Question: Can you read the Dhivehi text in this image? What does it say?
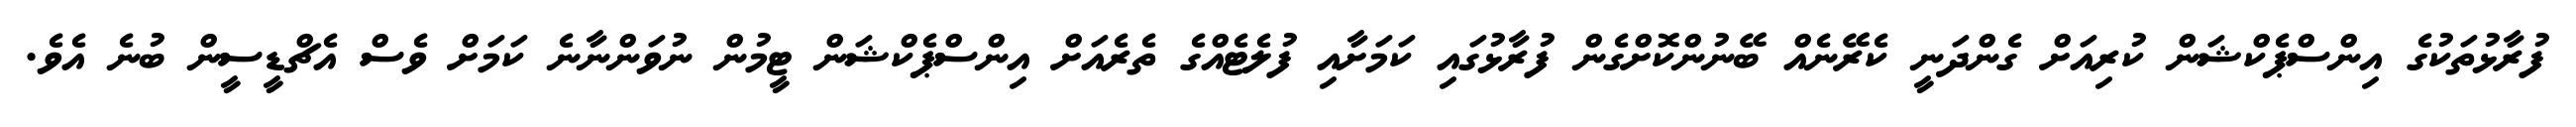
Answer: ފުރާޅުތަކުގެ އިންސްޕެކްޝަން ކުރިއަށް ގެންދަނީ ކެރޭނެއް ބޭނުންކޮށްގެން ފުރާޅުގައި ކަމަށާއި ފުލެޓެއްގެ ތެރެއަށް އިންސްޕެކްޝަން ޓީމުން ނުވަންނާނެ ކަމަށް ވެސް އެޗްޑީސީން ބުނެ އެވެ.